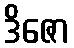
ဒိဇော